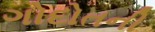
ગોદોતની